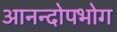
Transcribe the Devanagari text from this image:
आनन्दोपभोग